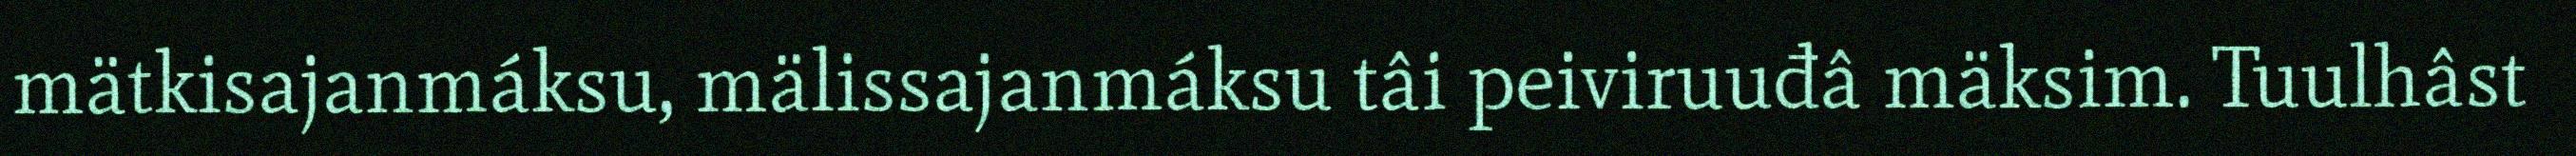
mätkisajanmáksu, mälissajanmáksu tâi peiviruuđâ mäksim. Tuulhâst